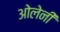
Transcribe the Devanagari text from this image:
ओलेनी